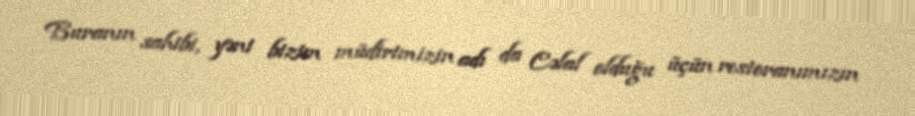
Buranın sahibi, yəni bizim müdirimizin adı da Cəlal olduğu üçün restoranımızın